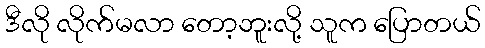
ဒီလို လိုက်မလာ တော့ဘူးလို့ သူက ပြောတယ်